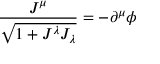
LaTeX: \frac { J ^ { \mu } } { \sqrt { 1 + J ^ { \lambda } J _ { \lambda } } } = - \partial ^ { \mu } \phi